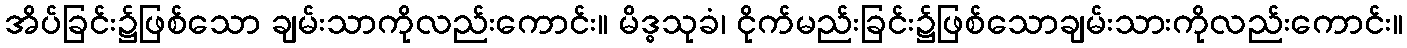
အိပ်ခြင်း၌ဖြစ်သော ချမ်းသာကိုလည်းကောင်း။ မိဒ္ဓသုခံ၊ ငိုက်မည်းခြင်း၌ဖြစ်သောချမ်းသားကိုလည်းကောင်း။